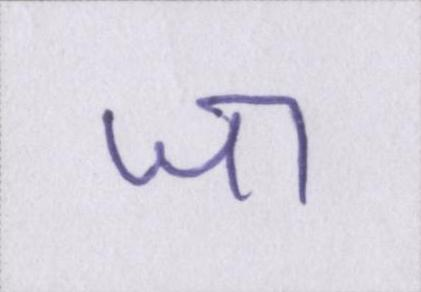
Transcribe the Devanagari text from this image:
जा